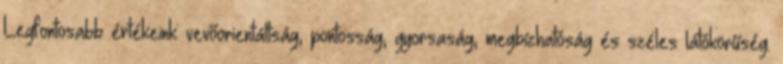
Legfontosabb értékeink: vevőorientáltság, pontosság, gyorsaság, megbízhatóság és széles látókörűség.